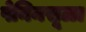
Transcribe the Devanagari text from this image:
पेनिनसूळा